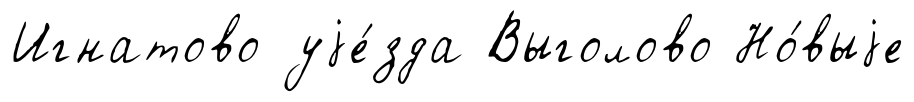
Игнатово уjе́зда Выголово Но́выjе